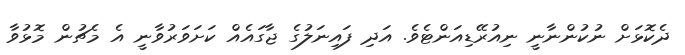
ދެކޮޅަށް ނުކުންނާނީ ނިއުރޭޑިއަންޓެވެ. އަދި ފައިނަލުގެ ޖާގައެއް ކަށަވަރުވާނީ އެ މެޗުން މޮޅުވާ